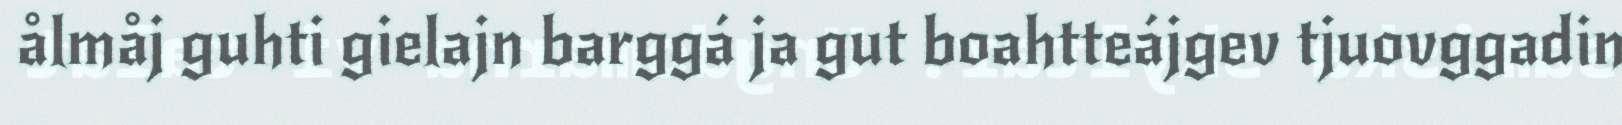
ålmåj guhti gielajn barggá ja gut boahtteájgev tjuovggadin